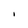
Character: I